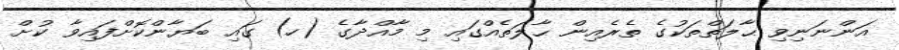
އަންނަނިވި ޙާލަތްތަކުގެ ތެރެއިން ޙާލަތެއްގައި މި މާއްދާގެ (ހ) ގައި ބަޔާންކޮށްފައިވާ ކުށް